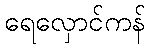
ရေလှောင်ကန်